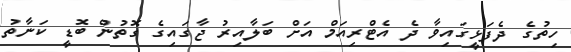
ހިތުގެ ދެފަޅީގައިވާ ދެ އެޓްރިއަމް އަށް ބަލާއިރު ޖާގައިގެ ގޮތުން ބޮޑީ ކަނާތު